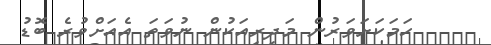
ހަމަކަށަވަރުން މަދިރިއަކުން ނުވަތަ އެއަށްވުރެ ބޮޑު